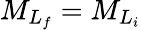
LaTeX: {M}_{{L}_{f}}={M}_{{L}_{i}}